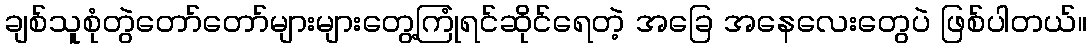
ချစ်သူစုံတွဲတော်တော်များများတွေ့ကြုံရင်ဆိုင်ရေတဲ့ အခြေ အနေလေးတွေပဲ ဖြစ်ပါတယ်။